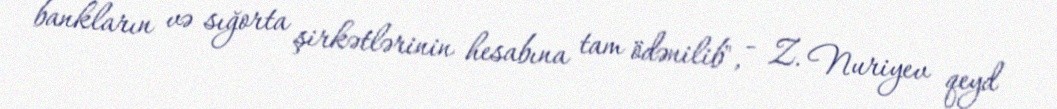
bankların və sığorta şirkətlərinin hesabına tam ödənilib", - Z. Nuriyev qeyd